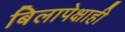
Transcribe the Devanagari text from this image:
बिलापेक्षाही